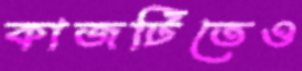
কাজটিতেও